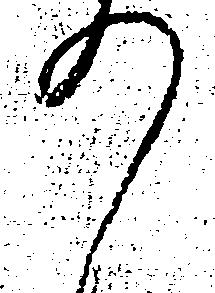
の